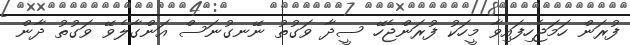
ފުރަން ހަމަޖެހިފައިވާ މީހަކު ފުރަންޖެހޭ ސީދާ ވަގުތު ނޭނގުނަސް އަންގާލެވޭ ވަގުތު ދާން